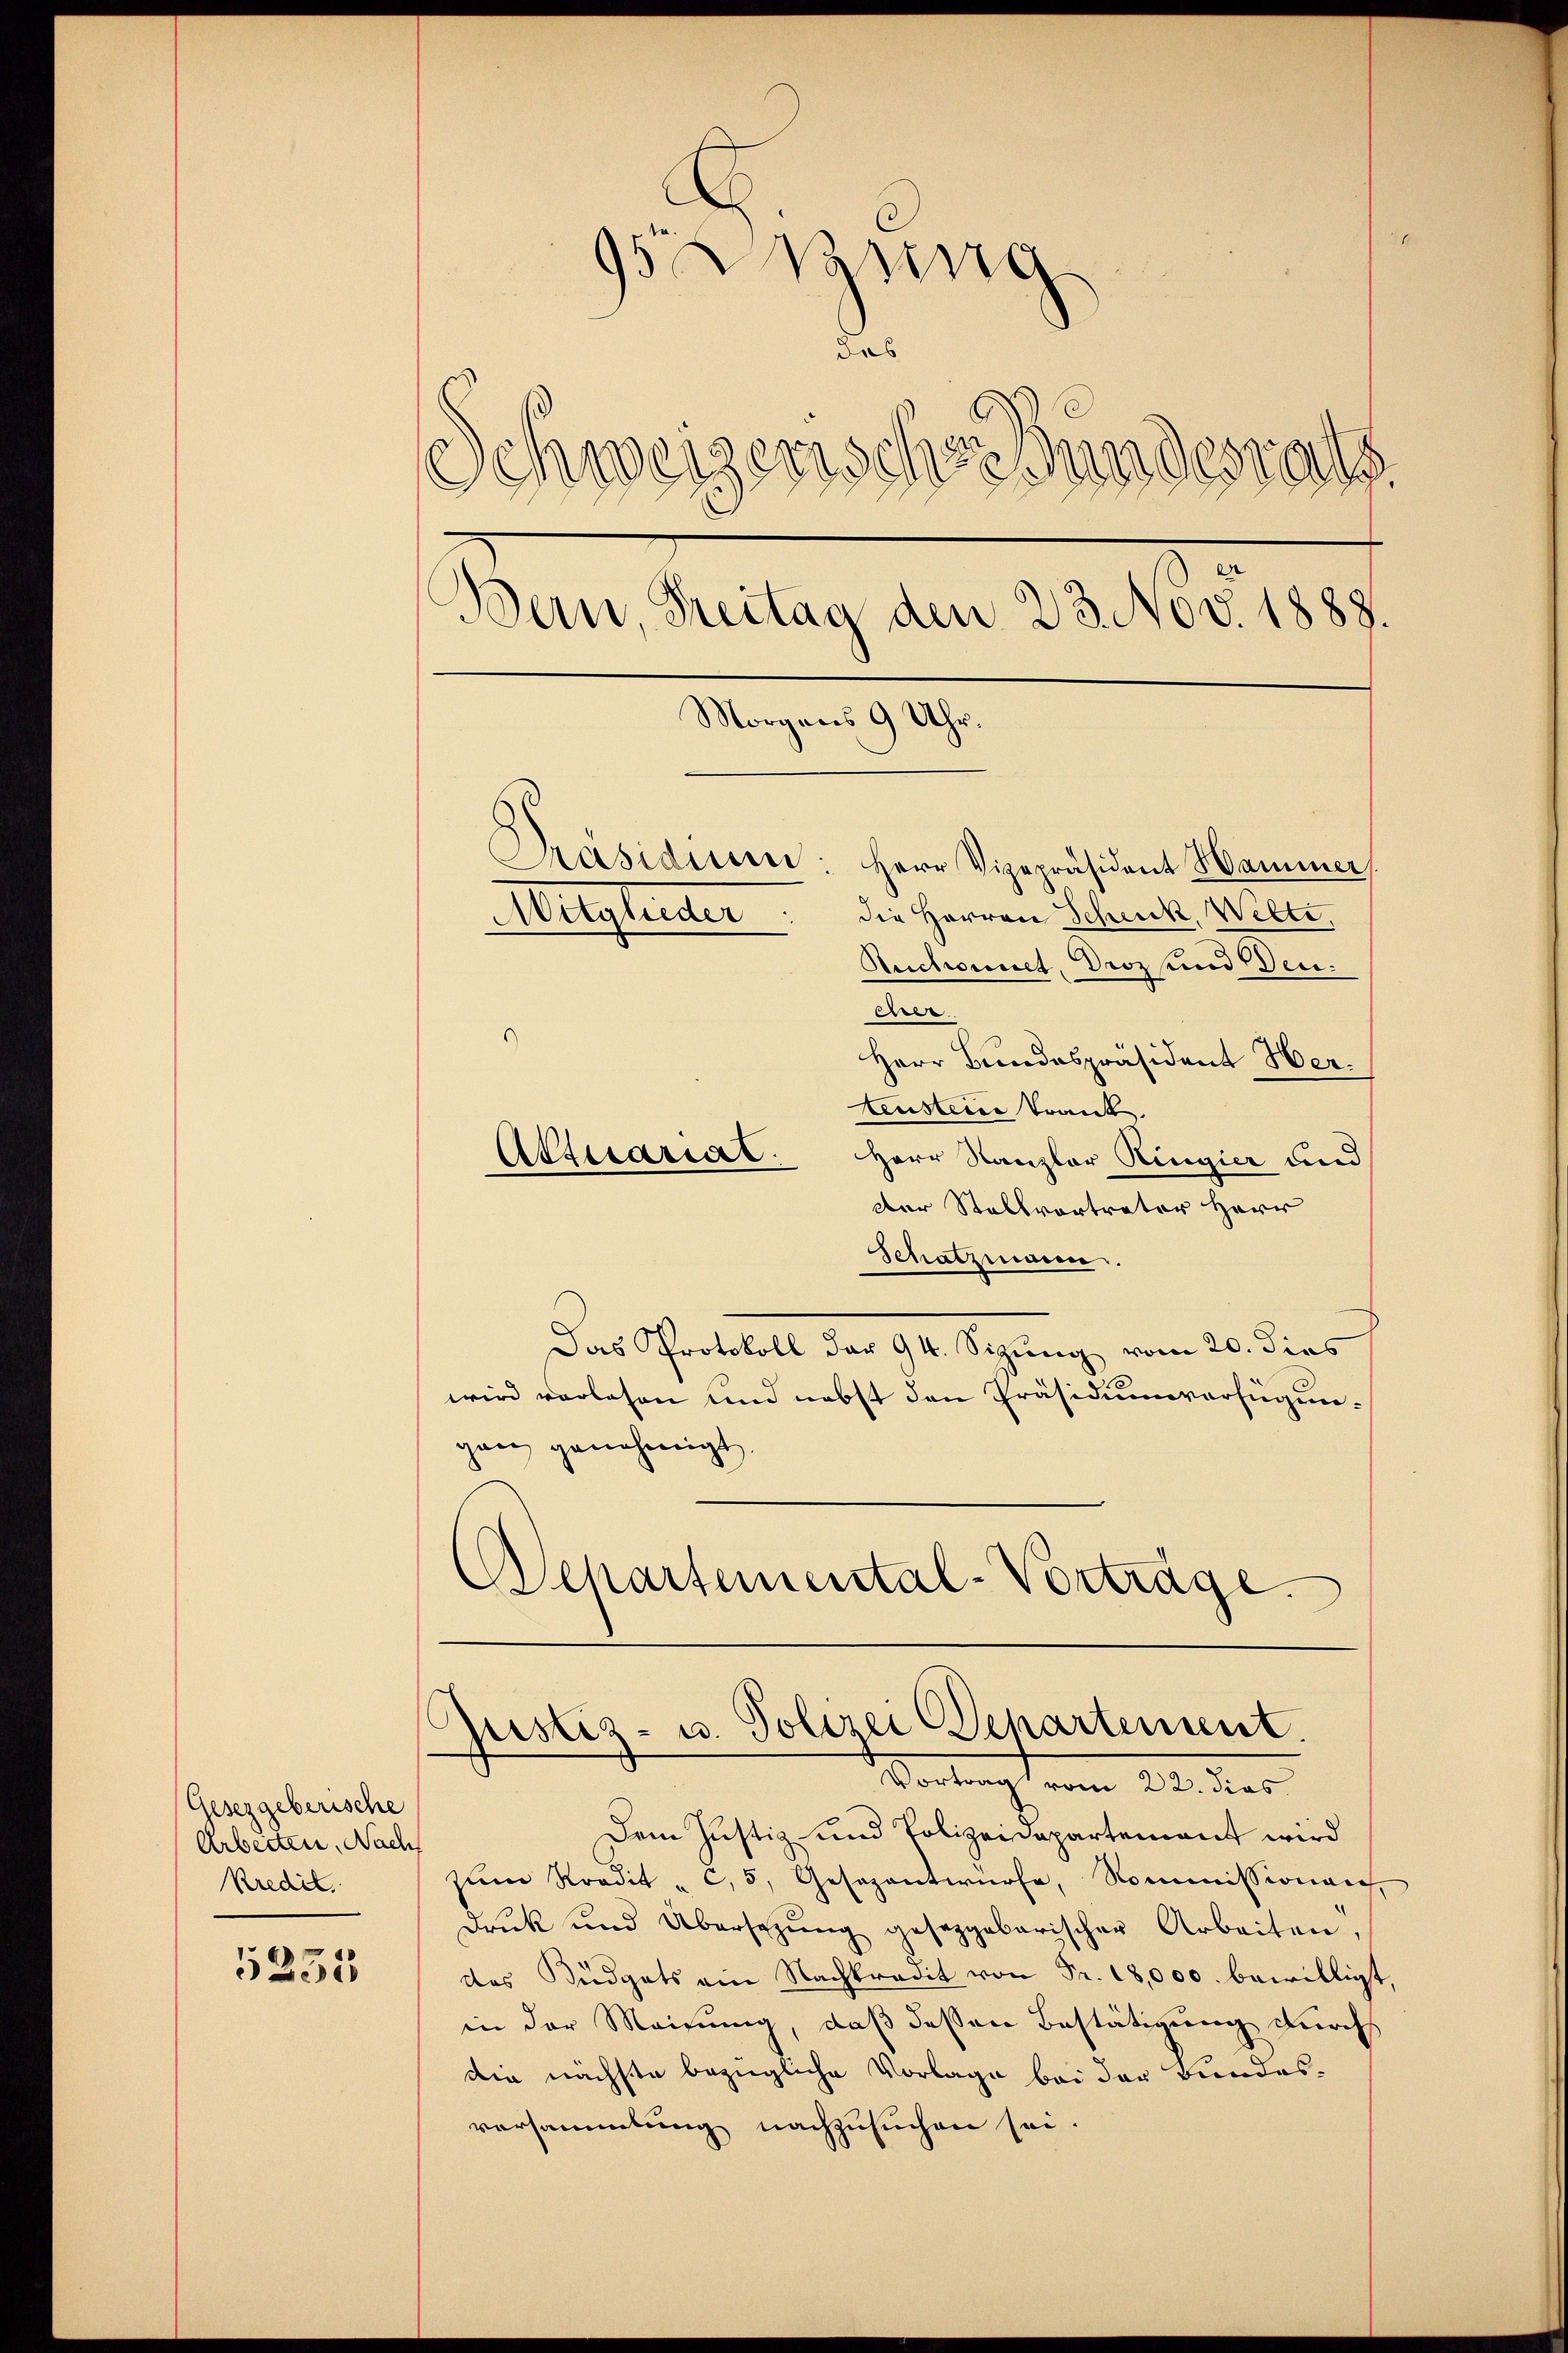
Gesetzgeberische
Arbeiten, Nach
Kredit.

5233

952 ung
das
Schweizerischen Bundesrats
Bern, Freitag den 23. Nov. 1888.
Morgens 9 Uhr.
Präsidium: Herr Vizepräsident Hammer
die Herren Schenk, Welte,
Augleiter
Reichonnet, Droz und Ven.

es
Herr Bundespräsident Herteusteine Trank
Herr Kanzler Ringier und
der Stallvortreter Herr
Schatzmann.
Das Protokoll der 94. Sizung vom 20. dies
wird verlesen und nebst den Präsidiumverfügungan genehmigt
Departemental-Vorträge.

Aktuariat.

Justiz- u. Polizei Departement.
—
Vortung vom 22. des

Dem Justiz- und Polizeidepartement wird
zŭm Kredit " C.5, Gesezantwürfe, Kommissionen
druk und Übersetzŭng gesezgabarischer Arbeiten,
des Büdgets ein Nachkradit von Fr. 18,000. bewilligt,
in der Meinung, daß dessen Bestätigung durch
die nächste bezügliche Vorlage bei der Bundes-
versammlung nachzusuchen sei.